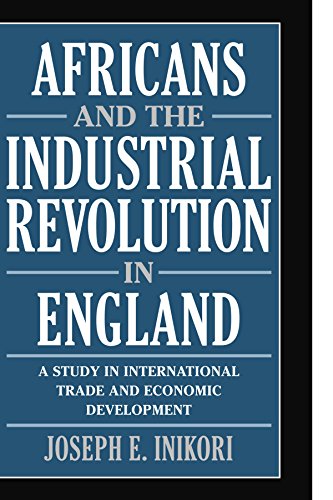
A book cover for Africans and the Industrial Revolution in England: A Study in International Trade and Economic Development; Joseph E. Inikori; History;